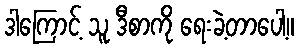
ဒါကြောင့် သူ ဒီစာကို ရေးခဲ့တာပေါ့။